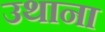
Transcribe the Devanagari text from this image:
उथाना